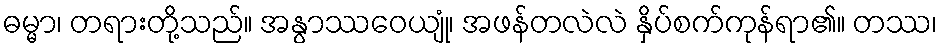
ဓမ္မာ၊ တရားတို့သည်။ အနွာဿဝေယျုံ၊ အဖန်တလဲလဲ နှိပ်စက်ကုန်ရာ၏။ တဿ၊